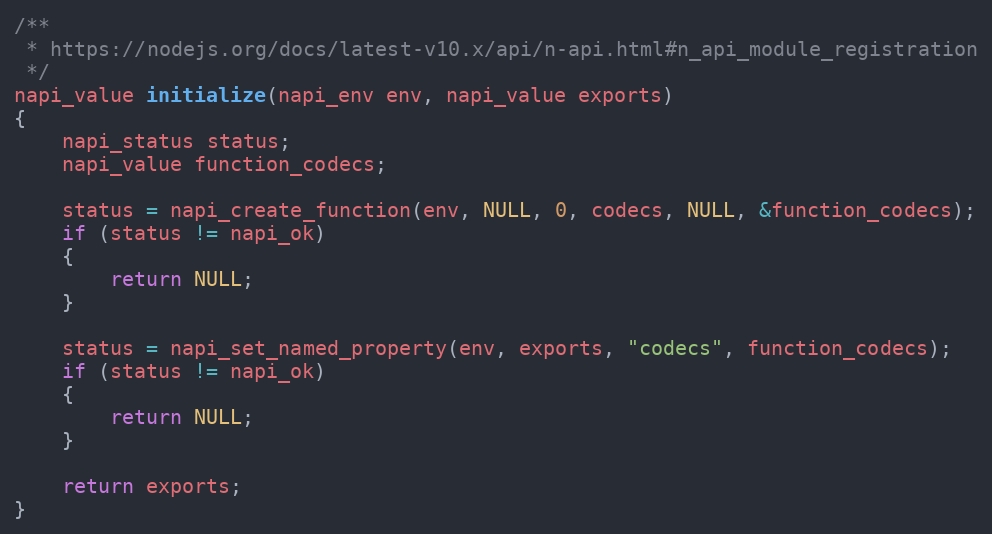
Language: C
/**
 * https://nodejs.org/docs/latest-v10.x/api/n-api.html#n_api_module_registration
 */
napi_value initialize(napi_env env, napi_value exports)
{
    napi_status status;
    napi_value function_codecs;

    status = napi_create_function(env, NULL, 0, codecs, NULL, &function_codecs);
    if (status != napi_ok)
    {
        return NULL;
    }

    status = napi_set_named_property(env, exports, "codecs", function_codecs);
    if (status != napi_ok)
    {
        return NULL;
    }

    return exports;
}